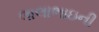
લાલાભાઇની